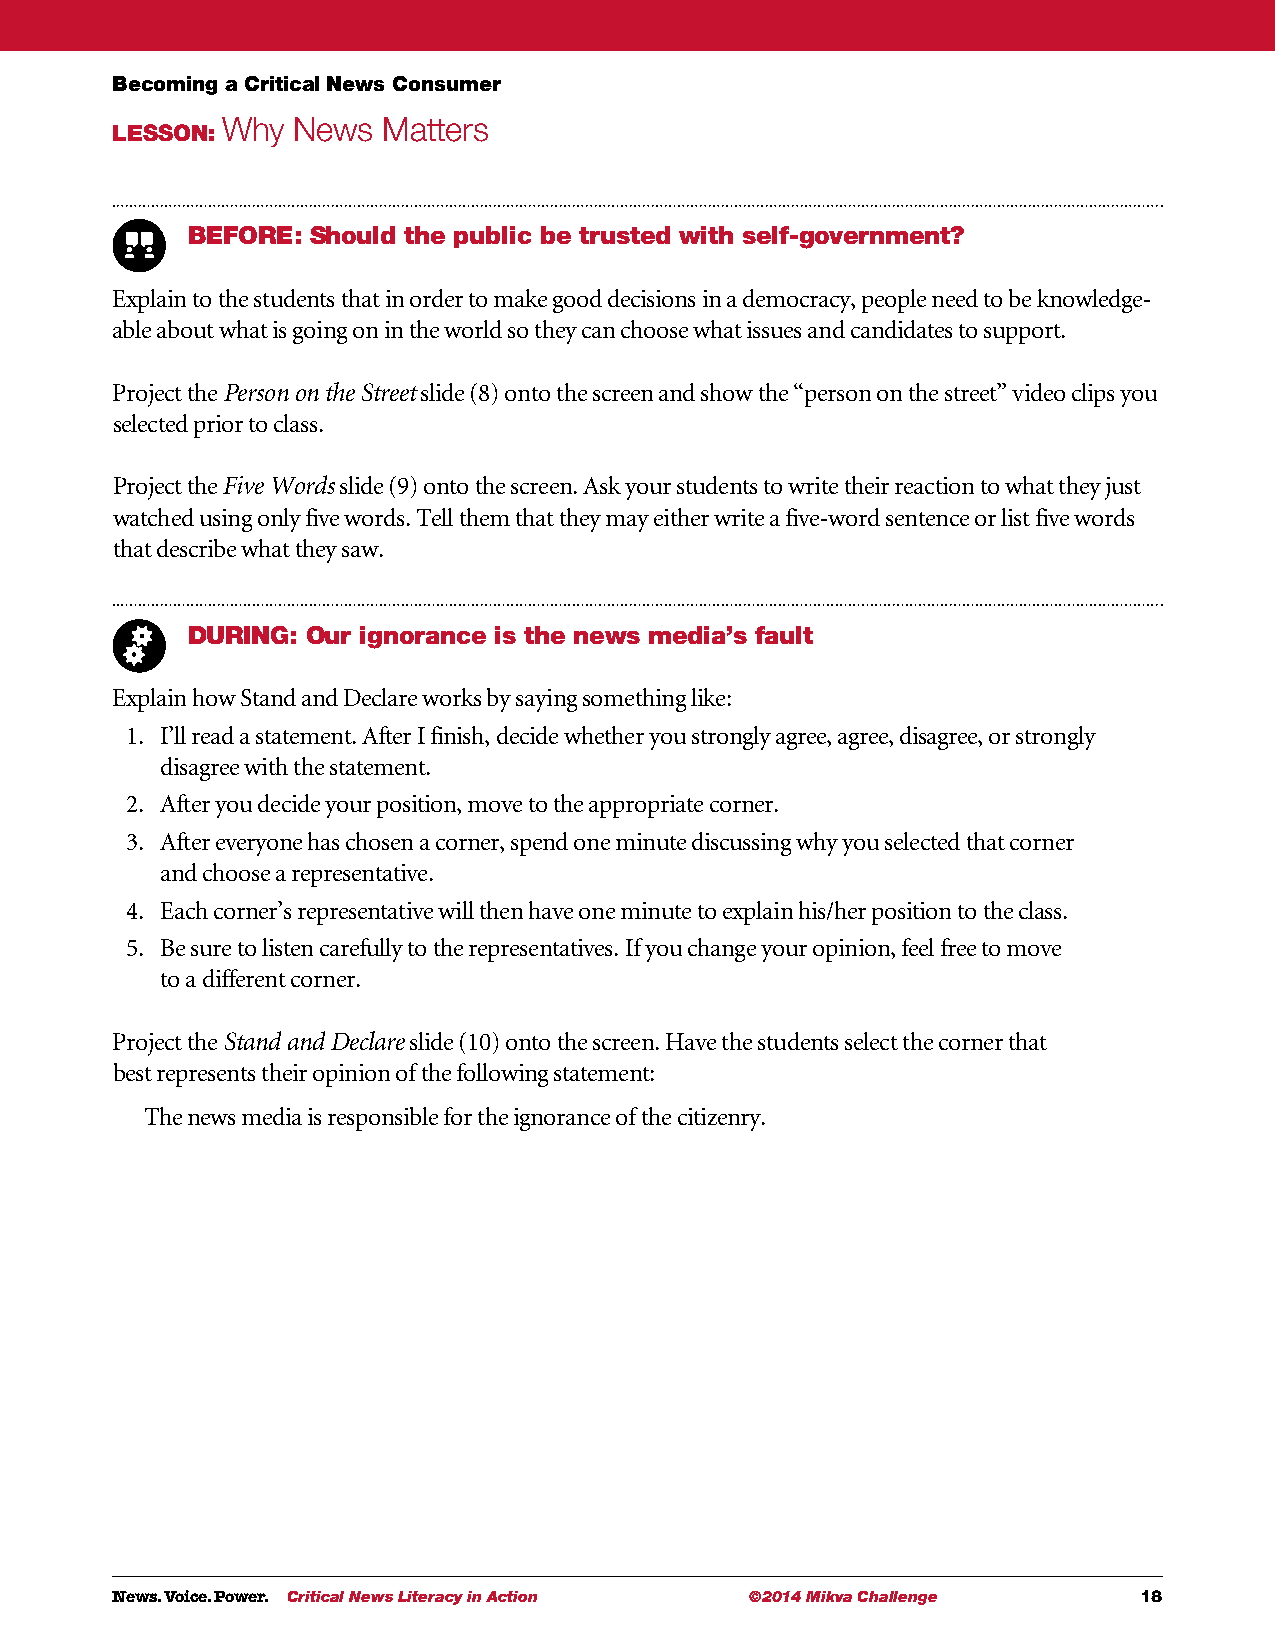
Becoming a Critical News Consumer
 Why News  Matters
 LESSON:
 BEFORE:  Should the public be trusted with self-government?
 Explain to the students that in order to make good decisions in a democracy, people need to be knowledge-
 able about what is going on in the world so they can choose what issues and candidates to support.
 Project the Person on the Street slide (8) onto the screen and show the “person on the street” video clips you
 selected prior to class.
 Project the Five Words slide (9) onto the screen. Ask your students to write their reaction to what they just
 watched using only five words. Tell them that they may either write a five-word sentence or list five words
 that describe what they saw.
 DURING: Our ignorance is the news media’s fault
 Explain how Stand and Declare works by saying something like:
 1. I ’ll read a statement. After I finish, decide whether you strongly agree, agree, disagree, or strongly
 disagree with the statement.
 2. A fter you decide your position, move to the appropriate corner.
 3. A fter everyone has chosen a corner, spend one minute discussing why you selected that corner
 and choose a representative.
 4. E ach corner’s representative will then have one minute to explain his/her position to the class.
 5. B e sure to listen carefully to the representatives. If you change your opinion, feel free to move
 to a different corner.
 Project the Stand and Declare slide (10) onto the screen. Have the students select the corner that
 best represents their opinion of the following statement:
 The news media is responsible for the ignorance of the citizenry.
 News. Voice. Power. Critical News Literacy in Action ©2014 Mikva Challenge 18